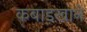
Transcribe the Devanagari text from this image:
कबाड़ख़ाने